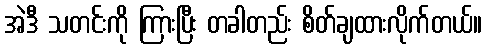
အဲဒီ သတင်းကို ကြားပြီး တခါတည်း စိတ်ချထားလိုက်တယ်။